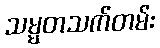
သမ္မတသက်တမ်း